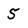
Character: 5